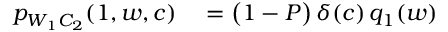
\begin{array} { r l } { p _ { W _ { 1 } C _ { 2 } } ( 1 , w , c ) } & { { } = \bigl ( 1 - P \bigr ) \, \delta ( c ) \, q _ { 1 } ( w ) } \end{array}